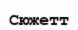
Сюжетт